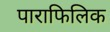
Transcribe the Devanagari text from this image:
पाराफिलिक